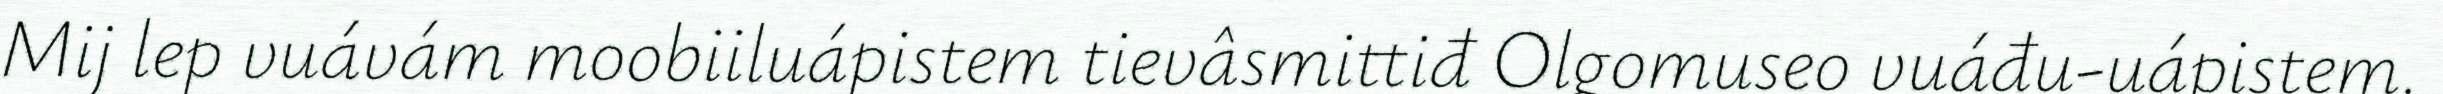
Mij lep vuávám moobiiluápistem tievâsmittiđ Olgomuseo vuáđu-uápistem.